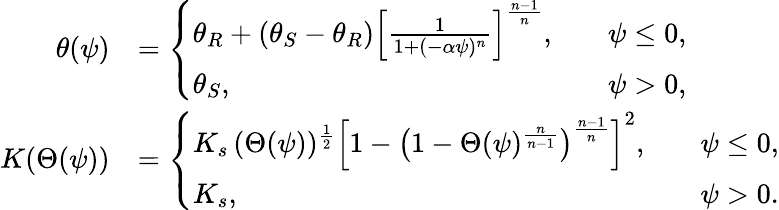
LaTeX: \begin{array}{rl}{\theta(\psi)}&{=\left\{ \begin{array}{ll}{\theta_{R}+(\theta_{S}-\theta_{R})\left[\frac{1}{1+(-\alpha\psi)^{n}}\right]^{\frac{n-1}{n}},\quad}&{\psi\leq 0,}\\ {\theta_{S},\quad}&{\psi>0,}\end{array}\right.}\\ {K(\Theta(\psi))}&{=\left\{ \begin{array}{ll}{K_{s}\, (\Theta(\psi))^{\frac{1}{2}}\left[1-\left(1-\Theta(\psi)^{\frac{n}{n-1}}\right)^{\frac{n-1}{n}}\right]^{2},\quad}&{\psi\leq 0,}\\ {K_{s},\quad}&{\psi>0.}\end{array}\right.}\end{array}